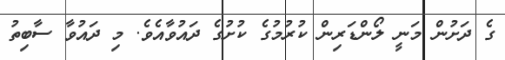
ގެ ދަށުން މަނީ ލޯންޑަރިން ކުރުމުގެ ކުށުގެ ދައުވާއެވެ. މި ދައުވާ ސާބިތު